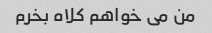
من می خواهم کلاه بخرم